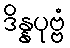
ဒိန္နပုဗ္ဗံ